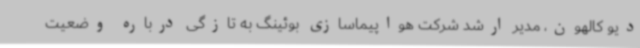
دیو کالهون، مدیر ارشد شرکت هواپیماسازی بوئینگ به تازگی درباره وضعیت